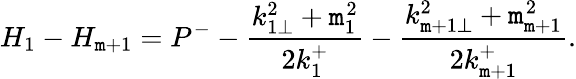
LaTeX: H_{1}-H_{\mathtt{m}+1}=P^{-}-\frac{{k_{1\perp}^{2}+\mathtt{m}_{1}^{2}}}{{2k_{1}^{+}}}-\frac{{k_{\mathtt{m}+1\perp}^{2}+\mathtt{m}_{\mathtt{m}+1}^{2}}}{{2k_{\mathtt{m}+1}^{+}}}.